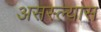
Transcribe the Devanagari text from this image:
असस्ल्यास